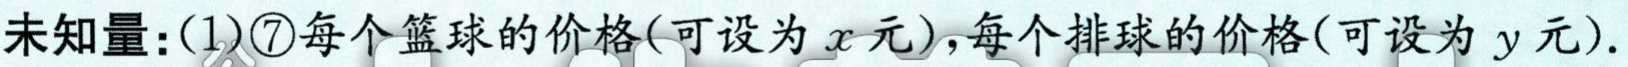
未知量：(1)\textcircled{7}每个篮球的价格(可设为\(x\)元)，每个排球的价格(可设为\(y\)元).